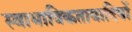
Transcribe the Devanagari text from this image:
स्वाभाविकतावादियों